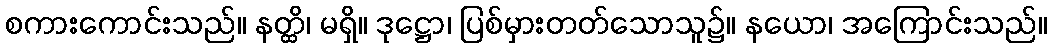
စကားကောင်းသည်။ နတ္ထိ၊ မရှိ။ ဒုဋ္ဌော၊ ပြစ်မှားတတ်သောသူ၌။ နယော၊ အကြောင်းသည်။